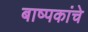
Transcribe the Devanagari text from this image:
बाष्पकांचे